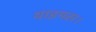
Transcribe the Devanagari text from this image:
थाइमस।